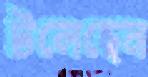
টলেছেন